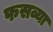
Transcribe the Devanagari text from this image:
फसव्या